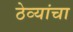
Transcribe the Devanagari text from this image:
ठेव्यांचा